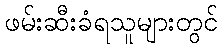
ဖမ်းဆီးခံရသူများတွင်